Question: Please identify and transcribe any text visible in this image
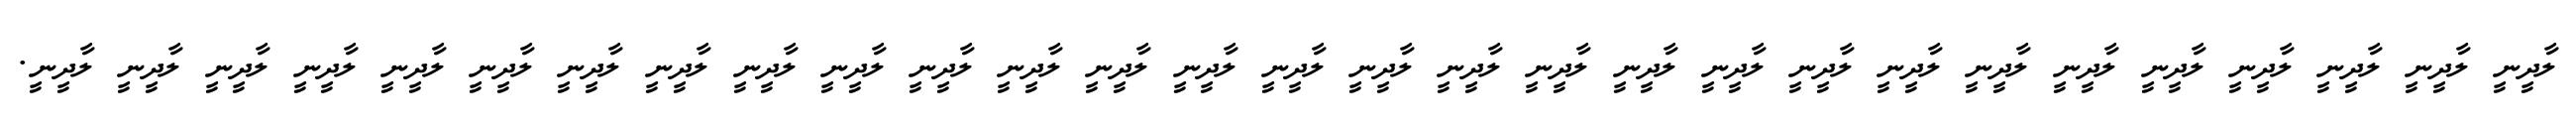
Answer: ލާދީނީ ލާދީނީ ލާދީނީ ލާދީނީ ލާދީނީ ލާދީނީ ލާދީނީ ލާދީނީ ލާދީނީ ލާދީނީ ލާދީނީ ލާދީނީ ލާދީނީ ލާދީނީ ލާދީނީ ލާދީނީ ލާދީނީ ލާދީނީ ލާދީނީ ލާދީނީ ލާދީނީ ލާދީނީ ލާދީނީ ލާދީނީ ލާދީނީ ލާދީނީ ލާދީނީ ލާދީނީ ލާދީނީ.